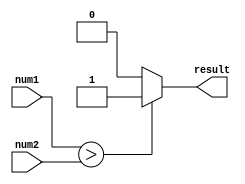
module signed_comparator(
    input signed [7:0] num1,
    input signed [7:0] num2,
    output reg result
);

always @(*) begin
    if (num1 > num2) begin
        result = 1;
    end else if (num1 < num2) begin
        result = 0;
    end else begin
        result = 2; // indicating numbers are equal
    end
end

endmodule